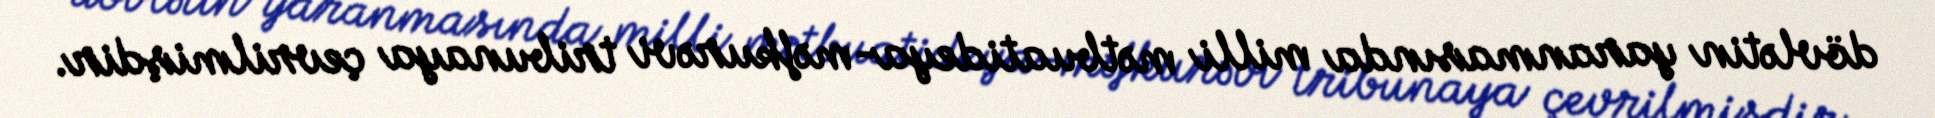
dövlətin yaranmasında milli mətbuatideya-məfkurəvi tribunaya çevrilmişdir.